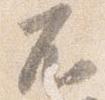
不